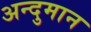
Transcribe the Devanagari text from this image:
अन्दुमान